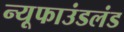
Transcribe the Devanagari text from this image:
न्यूफाउंडलंड